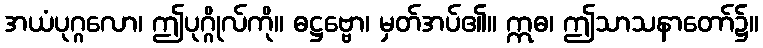
အယံပုဂ္ဂလော၊ ဤပုဂ္ဂိုလ်ကို။ ဓဋ္ဌဗ္ဗော၊ မှတ်အပ်၏။ ဣဓ၊ ဤသာသနာတော်၌။